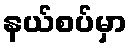
နယ်စပ်မှာ